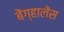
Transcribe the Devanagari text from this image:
बेंग्हालेंस